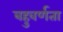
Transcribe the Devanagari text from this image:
बहुवर्णता